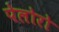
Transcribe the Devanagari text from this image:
पेलोरो